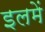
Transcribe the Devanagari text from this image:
इलमें